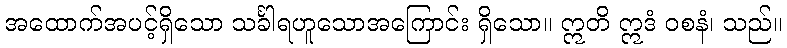
အထောက်အပင့်ရှိသော သင်္ခါရဟူသောအကြောင်း ရှိသော။ ဣတိ ဣဒံ ဝစနံ၊ သည်။